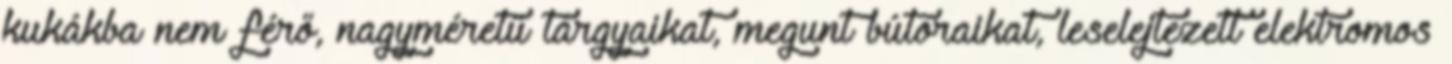
kukákba nem férő, nagyméretű tárgyaikat, megunt bútoraikat, leselejtezett elektromos